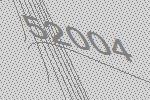
52004